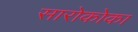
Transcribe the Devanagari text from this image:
सारोकोका